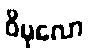
ဝိပုလော